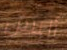
أليس